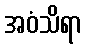
အဝံသိရာ